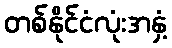
တစ်နိုင်ငံလုံးအနှံ့